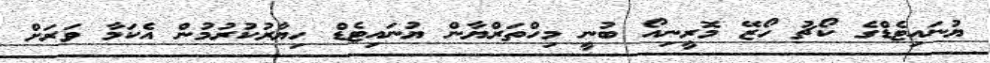
ޔުނައިޓެޑްގެ ކޯޗު ހޯޒޭ މޮރީނިއޯ ބުނީ މިހްތަރްޔާން ޔުނައިޓެޑް ހިޔާރުކުރުމުން އެކަމާ ވަރަށް